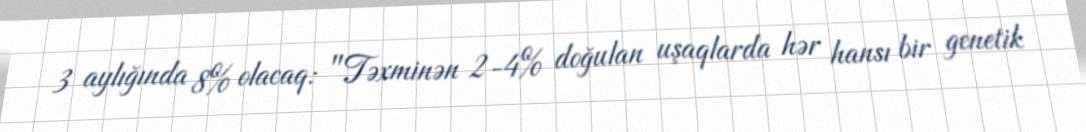
3 aylığında 8% olacaq: "Təxminən 2-4% doğulan uşaqlarda hər hansı bir genetik